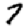
Digit: 7